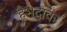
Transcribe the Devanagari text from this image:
हैभदावर